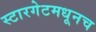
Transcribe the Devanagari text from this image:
स्टारगेटमधूनच